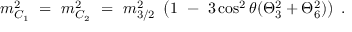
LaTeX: m _ { C _ { 1 } } ^ { 2 } \ = \ m _ { C _ { 2 } } ^ { 2 } \ = \ m _ { 3 / 2 } ^ { 2 } \ \left( 1 \ - \ 3 \cos ^ { 2 } \theta ( \Theta _ { 3 } ^ { 2 } + \Theta _ { 6 } ^ { 2 } ) \right) \ .